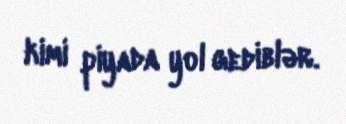
kimi piyada yol gediblər.